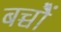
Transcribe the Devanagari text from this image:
बच्चोेैं